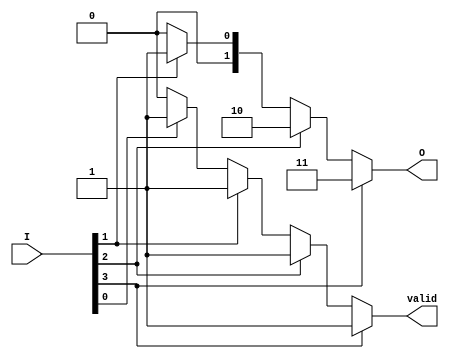
module priority_encoder (
    input wire [3:0] I,    // 4 input lines
    output reg [1:0] O,    // 2 output lines (binary representation of the highest priority input)
    output reg valid        // Valid signal to indicate if any input is active
);

// Always block to evaluate inputs
always @(*) begin
    // Default outputs
    O = 2'b00;     // Default output
    valid = 1'b0;  // Default valid signal

    // Check from highest to lowest priority input
    if (I[3] == 1'b1) begin
        O = 2'b11;   // Output for I3
        valid = 1'b1; 
    end
    else if (I[2] == 1'b1) begin
        O = 2'b10;   // Output for I2
        valid = 1'b1; 
    end
    else if (I[1] == 1'b1) begin
        O = 2'b01;   // Output for I1
        valid = 1'b1; 
    end
    else if (I[0] == 1'b1) begin
        O = 2'b00;   // Output for I0
        valid = 1'b1; 
    end
end

endmodule